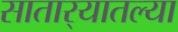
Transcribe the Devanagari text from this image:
सातार्‍यातल्या